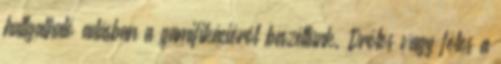
hallgatható adásban a gamifikációról beszéltünk. Drótos vagy fótos a